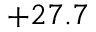
+ 2 7 . 7